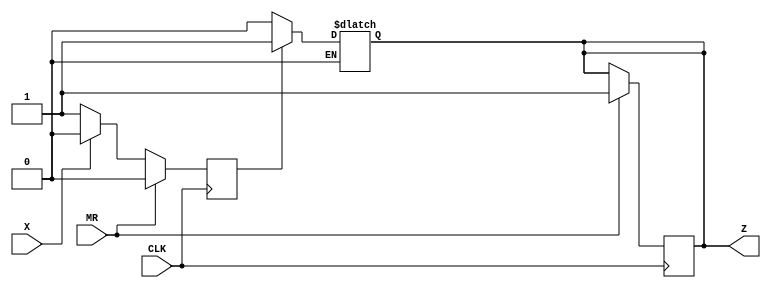

module SENSOR  (output reg  Z, input X,input CLK,input MR );

parameter A=1'b0 , B=1'b1 ;
reg CS ,NS ; 

initial begin 

CS = A ;
Z = 0 ;
end 

always@(X,CS)begin
case(CS)
A:if(X==0)begin NS=B ;end
else begin NS=A ;end
B:if(X==0)begin NS=B ;end
else begin NS=A ;end
endcase
end

always@(posedge CLK)begin
if(MR)begin
CS=A; Z=1 ;end
else begin CS<=NS ; end 


end

always@(CS)begin
if(CS==A)Z =0; 
else if  (CS==B) Z=1 ;

end
endmodule